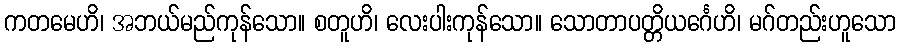
ကတမေဟိ၊ အဘယ်မည်ကုန်သော။ စတူဟိ၊ လေးပါးကုန်သော။ သောတာပတ္တိယင်္ဂေဟိ၊ မဂ်တည်းဟူသော